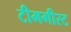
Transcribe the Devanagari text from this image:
टीमगीस्ट